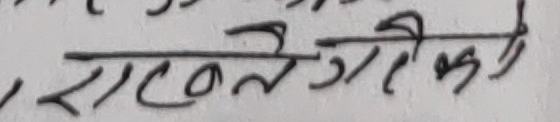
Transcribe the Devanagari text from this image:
राष्ट्रियको